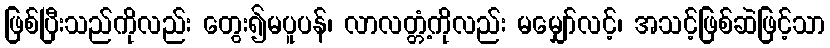
ဖြစ်ပြီးသည်ကိုလည်း တွေး၍မပူပန်၊ လာလတ္တံ့ကိုလည်း မမျှော်လင့်၊ အသင့်ဖြစ်ဆဲဖြင့်သာ